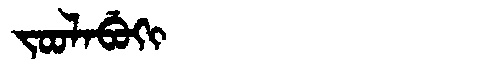
Manchu: ᠵᠣᠣᠯᠠᠪᡠᡴᡳ
Romanization: JOOLABUKI